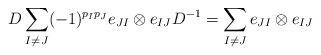
LaTeX: \begin{align*}D\sum_{I\neq J}(-1)^{p_{I}p_{J}}e_{JI}\otimes e_{IJ}D^{-1}=\sum_{I\neq J}e_{JI}\otimes e_{IJ}\end{align*}